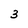
Character: 3